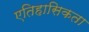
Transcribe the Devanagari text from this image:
एतिहासिकता